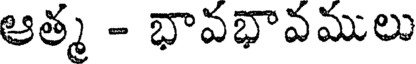
ఆత్మ - భావభావములు